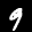
Label: 9